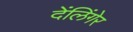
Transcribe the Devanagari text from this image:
देंलिंगेर